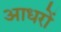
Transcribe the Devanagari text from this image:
आधरों